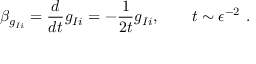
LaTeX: \beta _ { g _ { I i } } = \frac { d } { d t } g _ { I i } = - \frac { 1 } { 2 t } g _ { I i } , \qquad t \sim \epsilon ^ { - 2 } ~ .